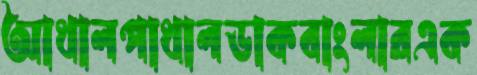
আথালপাথালডাকবাংলারএক